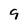
Character: 9